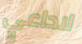
لاداعي